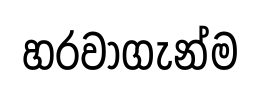
හරවාගැන්ම